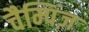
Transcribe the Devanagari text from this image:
चैम्पिंज़